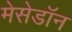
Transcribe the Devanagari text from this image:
मेसेडॉन